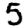
Digit: 5